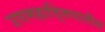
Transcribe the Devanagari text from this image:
उपमहाद्विपातील